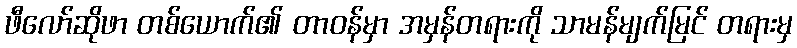
ဖီလော်ဆိုဖာ တစ်ယောက်၏ တာဝန်မှာ အမှန်တရားကို သာမန်မျက်မြင် တရားမှ